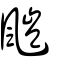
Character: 颽